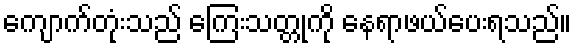
ကျောက်တုံးသည် ကြေးသတ္တုကို နေရာဖယ်ပေးရသည်။